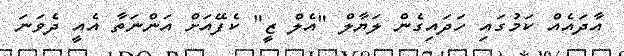
އާދައެއް ކަމުގައި ހަދައިގެން ލަޔާލް "އެލް ޒީ" ކެފޭއަށް އަންނަތާ އެއީ ދެވަނަ